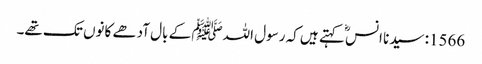
1566: سیدنا انسؓ کہتے ہیں کہ رسول اللہﷺ کے بال آدھے کانوں تک تھے۔